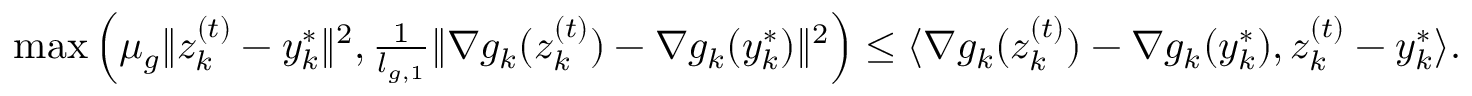
\begin{array} { r } { \operatorname* { m a x } \left( \mu _ { g } \| z _ { k } ^ { ( t ) } - y _ { k } ^ { * } \| ^ { 2 } , \frac { 1 } { l _ { g , 1 } } \| \nabla g _ { k } ( z _ { k } ^ { ( t ) } ) - \nabla g _ { k } ( y _ { k } ^ { * } ) \| ^ { 2 } \right) \le \langle \nabla g _ { k } ( z _ { k } ^ { ( t ) } ) - \nabla g _ { k } ( y _ { k } ^ { * } ) , z _ { k } ^ { ( t ) } - y _ { k } ^ { * } \rangle . } \end{array}